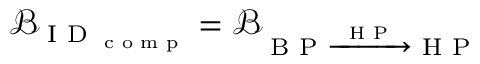
\mathcal { B } _ { \textrm { I D } _ { \textrm { c o m p } } } = \mathcal { B } _ { \textrm { B P } \xrightarrow { \textrm { H P } } \textrm { H P } }